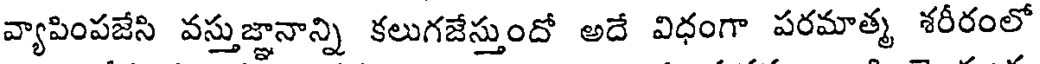
వ్యాపింపజేసి వస్తుజ్ఞానాన్ని కలుగజేస్తుందో అదే విధంగా పరమాత్మ శరీరంలో